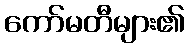
ကော်မတီများ၏